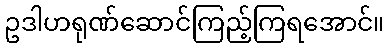
ဥဒါဟရုဏ်ဆောင်ကြည့်ကြရအောင်။